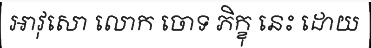
អាវុសោ លោក ចោទ ភិក្ខុ នេះ ដោយ